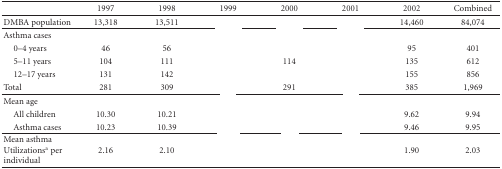
<table><thead><tr><td>[EMPTY_CELL]</td><td><b>1997</b></td><td><b>1998</b></td><td><b>1999</b></td><td><b>2000</b></td><td><b>2001</b></td><td><b>2002</b></td><td><b>Combined</b></td></tr></thead><tbody><tr><td>DMBA population</td><td>13,318</td><td>13,511</td><td>[EMPTY_CELL]</td><td>[EMPTY_CELL]</td><td>[EMPTY_CELL]</td><td>14,460</td><td>84,074</td></tr><tr><td>Asthma cases</td><td>[EMPTY_CELL]</td><td>[EMPTY_CELL]</td><td>[EMPTY_CELL]</td><td>[EMPTY_CELL]</td><td>[EMPTY_CELL]</td><td>[EMPTY_CELL]</td><td>[EMPTY_CELL]</td></tr><tr><td> 0–4 years</td><td>46</td><td>56</td><td>[EMPTY_CELL]</td><td>[EMPTY_CELL]</td><td>[EMPTY_CELL]</td><td>95</td><td>401</td></tr><tr><td> 5–11 years</td><td>104</td><td>111</td><td>[EMPTY_CELL]</td><td>114</td><td>[EMPTY_CELL]</td><td>135</td><td>612</td></tr><tr><td> 12–17 years</td><td>131</td><td>142</td><td>[EMPTY_CELL]</td><td>[EMPTY_CELL]</td><td>[EMPTY_CELL]</td><td>155</td><td>856</td></tr><tr><td>Total</td><td>281</td><td>309</td><td>[EMPTY_CELL]</td><td>291</td><td>[EMPTY_CELL]</td><td>385</td><td>1,969</td></tr><tr><td>Mean age</td><td>[EMPTY_CELL]</td><td>[EMPTY_CELL]</td><td>[EMPTY_CELL]</td><td>[EMPTY_CELL]</td><td>[EMPTY_CELL]</td><td>[EMPTY_CELL]</td><td>[EMPTY_CELL]</td></tr><tr><td> All children</td><td>10.30</td><td>10.21</td><td>[EMPTY_CELL]</td><td>[EMPTY_CELL]</td><td>[EMPTY_CELL]</td><td>9.62</td><td>9.94</td></tr><tr><td> Asthma cases</td><td>10.23</td><td>10.39</td><td>[EMPTY_CELL]</td><td>[EMPTY_CELL]</td><td>[EMPTY_CELL]</td><td>9.46</td><td>9.95</td></tr><tr><td>Mean asthma Utilizations<sup>a</sup> per individual</td><td>2.16</td><td>2.10</td><td>[EMPTY_CELL]</td><td>[EMPTY_CELL]</td><td>[EMPTY_CELL]</td><td>1.90</td><td>2.03</td></tr></tbody></table>